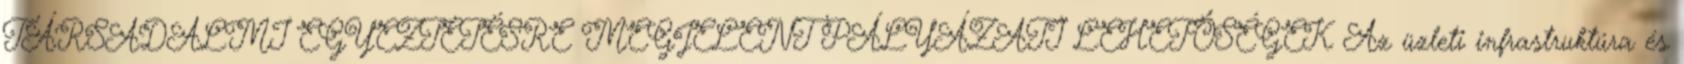
TÁRSADALMI EGYEZTETÉSRE MEGJELENT PÁLYÁZATI LEHETŐSÉGEK Az üzleti infrastruktúra és